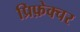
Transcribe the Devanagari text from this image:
प्रिफ़ेक्चर